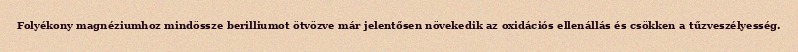
Folyékony magnéziumhoz mindössze berilliumot ötvözve már jelentősen növekedik az oxidációs ellenállás és csökken a tűzveszélyesség.